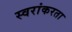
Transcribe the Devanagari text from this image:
स्वरांकरता